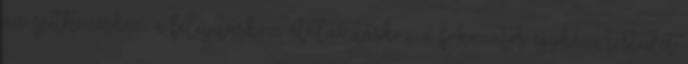
az építkezéshez, a felújításhoz, átalakításhoz a fokozatos egyházi testület